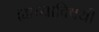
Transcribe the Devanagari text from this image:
ह्याच्याविषयी